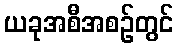
ယခုအစီအစဉ်တွင်